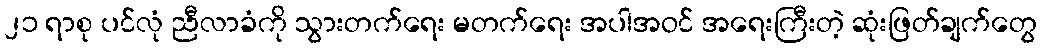
၂၁ ရာစု ပင်လုံ ညီလာခံကို သွားတက်ရေး မတက်ရေး အပါအဝင် အရေးကြီးတဲ့ ဆုံးဖြတ်ချက်တွေ